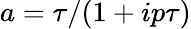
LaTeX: a={\tau}/{(1+ip\tau)}